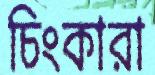
চিংকারা